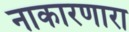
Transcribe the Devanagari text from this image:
नाकारणारा